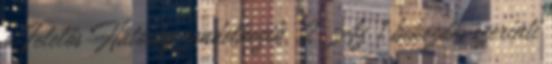
a Felelős Hatóság rendelkezik. 2 Az 1 bekezdés szerinti